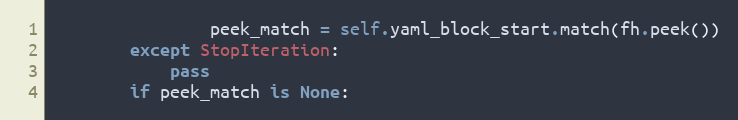
Language: Python
                peek_match = self.yaml_block_start.match(fh.peek())
        except StopIteration:
            pass
        if peek_match is None: